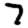
Digit: 7